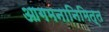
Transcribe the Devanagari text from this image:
आगमनानिमित्त